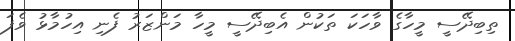
ތިބިދޭސީ މީހާގެ ވާހަކަ ތަކުން އެބިދޭސީ މީހާ މަންޒަރު ފެނި އިހުމާޅު ވެފަ